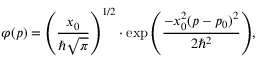
\varphi ( p ) = \left( { \frac { x _ { 0 } } { \hbar { \sqrt { \pi } } } } \right) ^ { 1 / 2 } \cdot \exp { \left( { \frac { - x _ { 0 } ^ { 2 } ( p - p _ { 0 } ) ^ { 2 } } { 2 \hbar ^ { 2 } } } \right) } ,